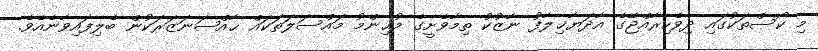
މި ކޯސްތަކުގައި ދިވެހިރާއްޖޭގެ އާދަޔާޚިލާފު ނާޒުކު ތިމާވެށީގެ މުޙިންމު މައްސަލަތަކައް ޙާއްޞަނަޒަރަކުން ބެލިފައިވާނެއެވެ.